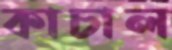
কাচাল